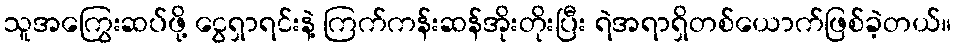
သူအကြွေးဆပ်ဖို့ ငွေရှာရင်းနဲ့ ကြက်ကန်းဆန်အိုးတိုးပြီး ရဲအရာရှိတစ်ယောက်ဖြစ်ခဲ့တယ်။